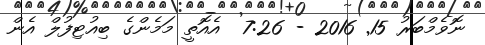
ނޮވެމްބަރު 15